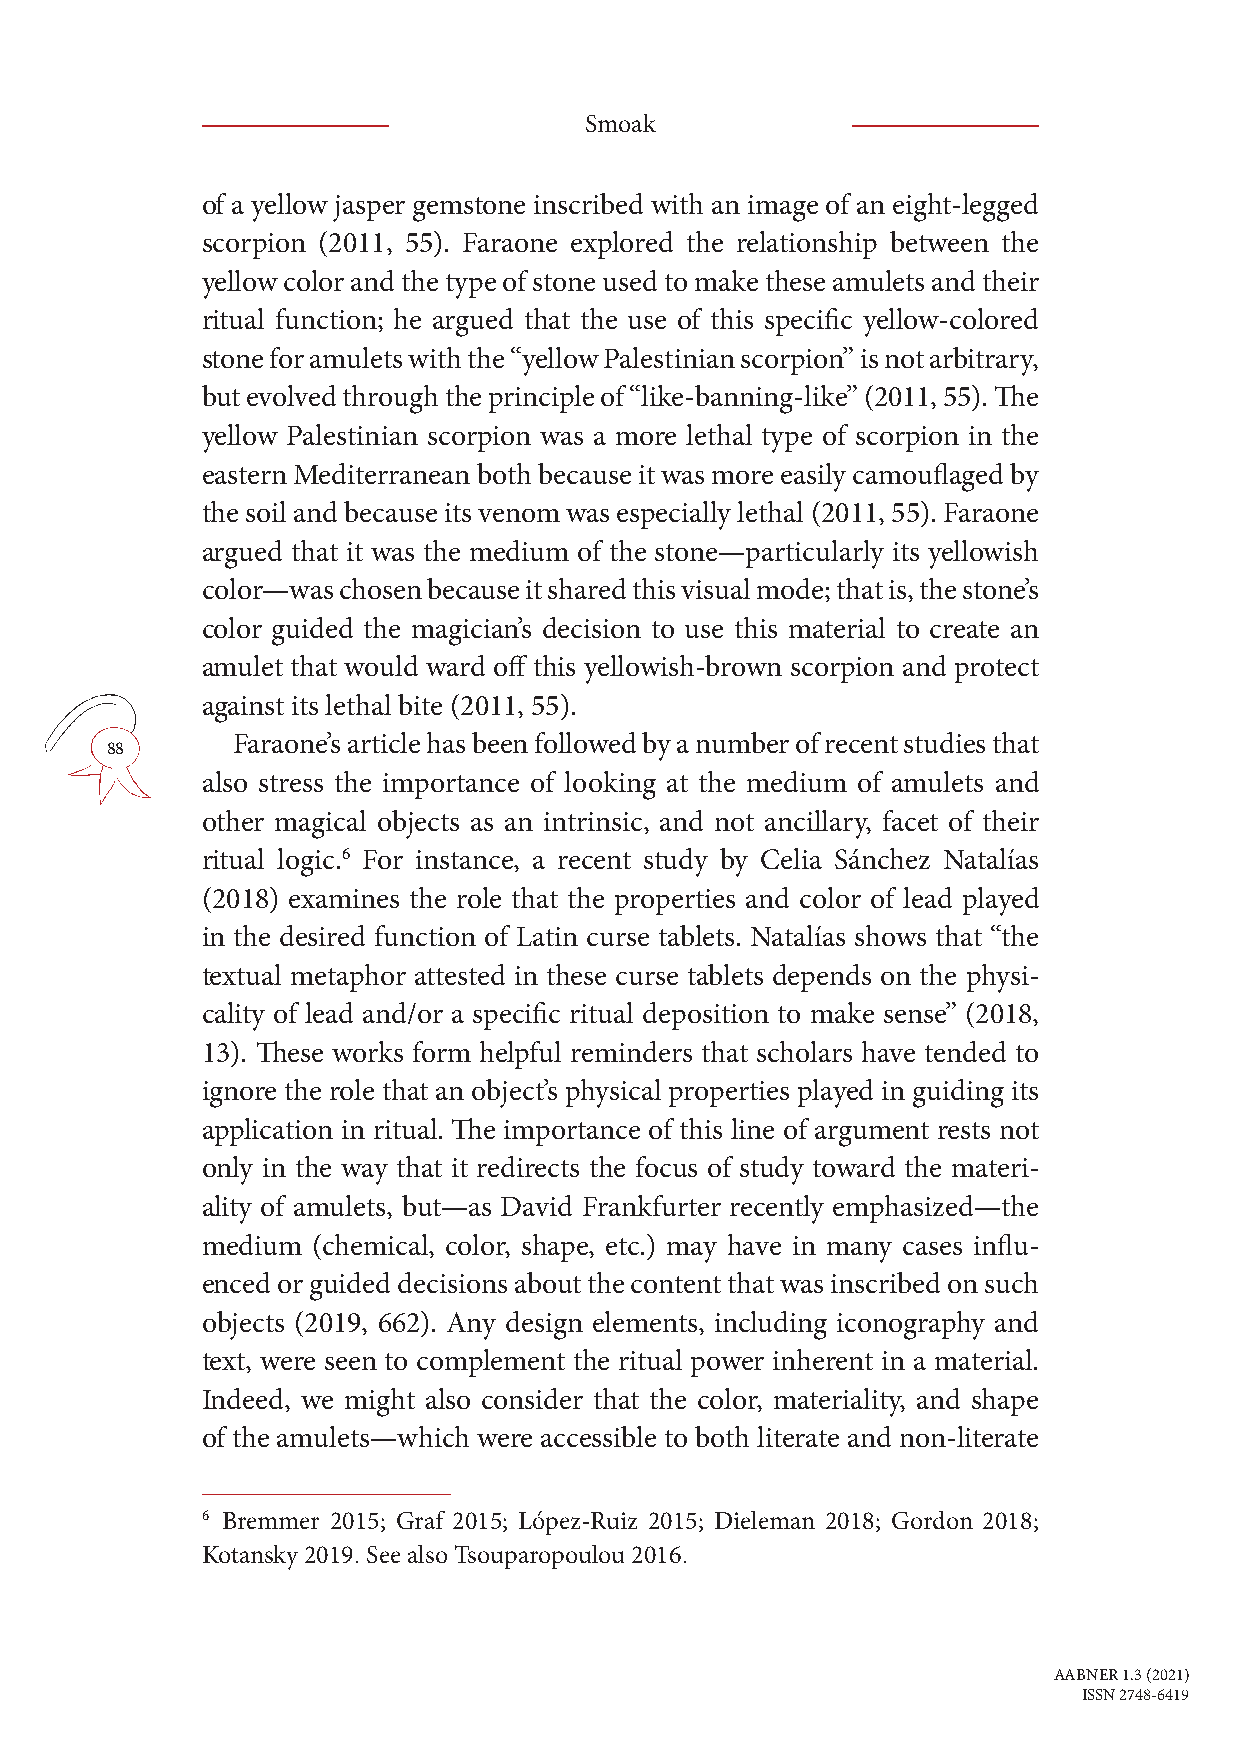
Smoak
 of a yellow jasper gemstone inscribed with an image of an eight-legged
 scorpion (2011, 55). Faraone explored the relationship between the
 yellow color and the type of stone used to make these amulets and their
 ritual function; he argued that the use of this specific yellow-colored
 stone for amulets with the “yellow Palestinian scorpion” is not arbitrary,
 but evolved through the principle of “like-banning-like” (2011, 55). The
 yellow Palestinian scorpion was a more lethal type of scorpion in the
 eastern Mediterranean both because it was more easily camouflaged by
 the soil and because its venom was especially lethal (2011, 55). Faraone
 argued that it was the medium of the stone—particularly its yellowish
 color—was chosen because it shared this visual mode; that is, the stone’s
 color guided the magician’s decision to use this material to create an
 amulet that would ward off this yellowish-brown scorpion and protect
 against its lethal bite (2011, 55).
 Faraone’s article has been followed by a number of recent studies that
 88
 also stress the importance of looking at the medium of amulets and
 other magical objects as an intrinsic, and not ancillary, facet of their
 ritual logic.6 For instance, a recent study by Celia Sánchez Natalías
 (2018) examines the role that the properties and color of lead played
 in the desired function of Latin curse tablets. Natalías shows that “the
 textual metaphor attested in these curse tablets depends on the physi-
 cality of lead and/or a specific ritual deposition to make sense” (2018,
 13). These works form helpful reminders that scholars have tended to
 ignore the role that an object’s physical properties played in guiding its
 application in ritual. The importance of this line of argument rests not
 only in the way that it redirects the focus of study toward the materi-
 ality of amulets, but—as David Frankfurter recently emphasized—the
 medium  (chemical, color, shape, etc.) may have in many cases influ-
 enced or guided decisions about the content that was inscribed on such
 objects (2019, 662). Any design elements, including iconography and
 text, were seen to complement the ritual power inherent in a material.
 Indeed, we might also consider that the color, materiality, and shape
 of the amulets—which were accessible to both literate and non-literate
 6 Bremmer 2015; Graf 2015; López-Ruiz 2015; Dieleman 2018; Gordon 2018;
 Kotansky 2019. See also Tsouparopoulou 2016.
 AABNER 1.3 (2021)
 ISSN 2748-6419